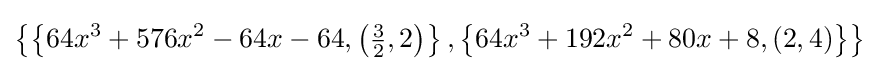
\left\{\left\{64x^{3}+576x^{2}-64x-64,\left({\tfrac {3}{2}},2\right)\right\},\left\{64x^{3}+192x^{2}+80x+8,(2,4)\right\}\right\}